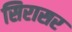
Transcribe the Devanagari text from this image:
सिरासर